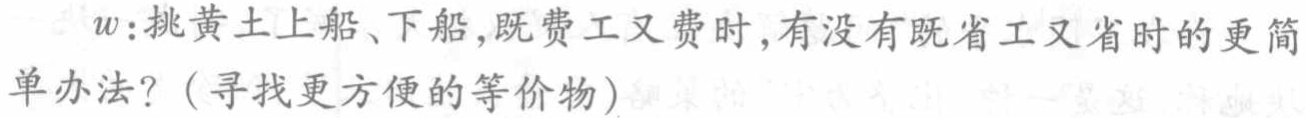
$w$:挑黄土上船、下船,既费工又费时,有没有既省工又省时的更简单办法?（寻找更方便的等价物）